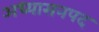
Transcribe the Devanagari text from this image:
अध्यासनपद